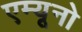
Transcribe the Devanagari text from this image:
एम्यूनो